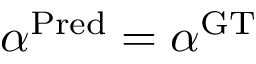
\alpha ^ { \mathrm { P r e d } } = \alpha ^ { \mathrm { G T } }